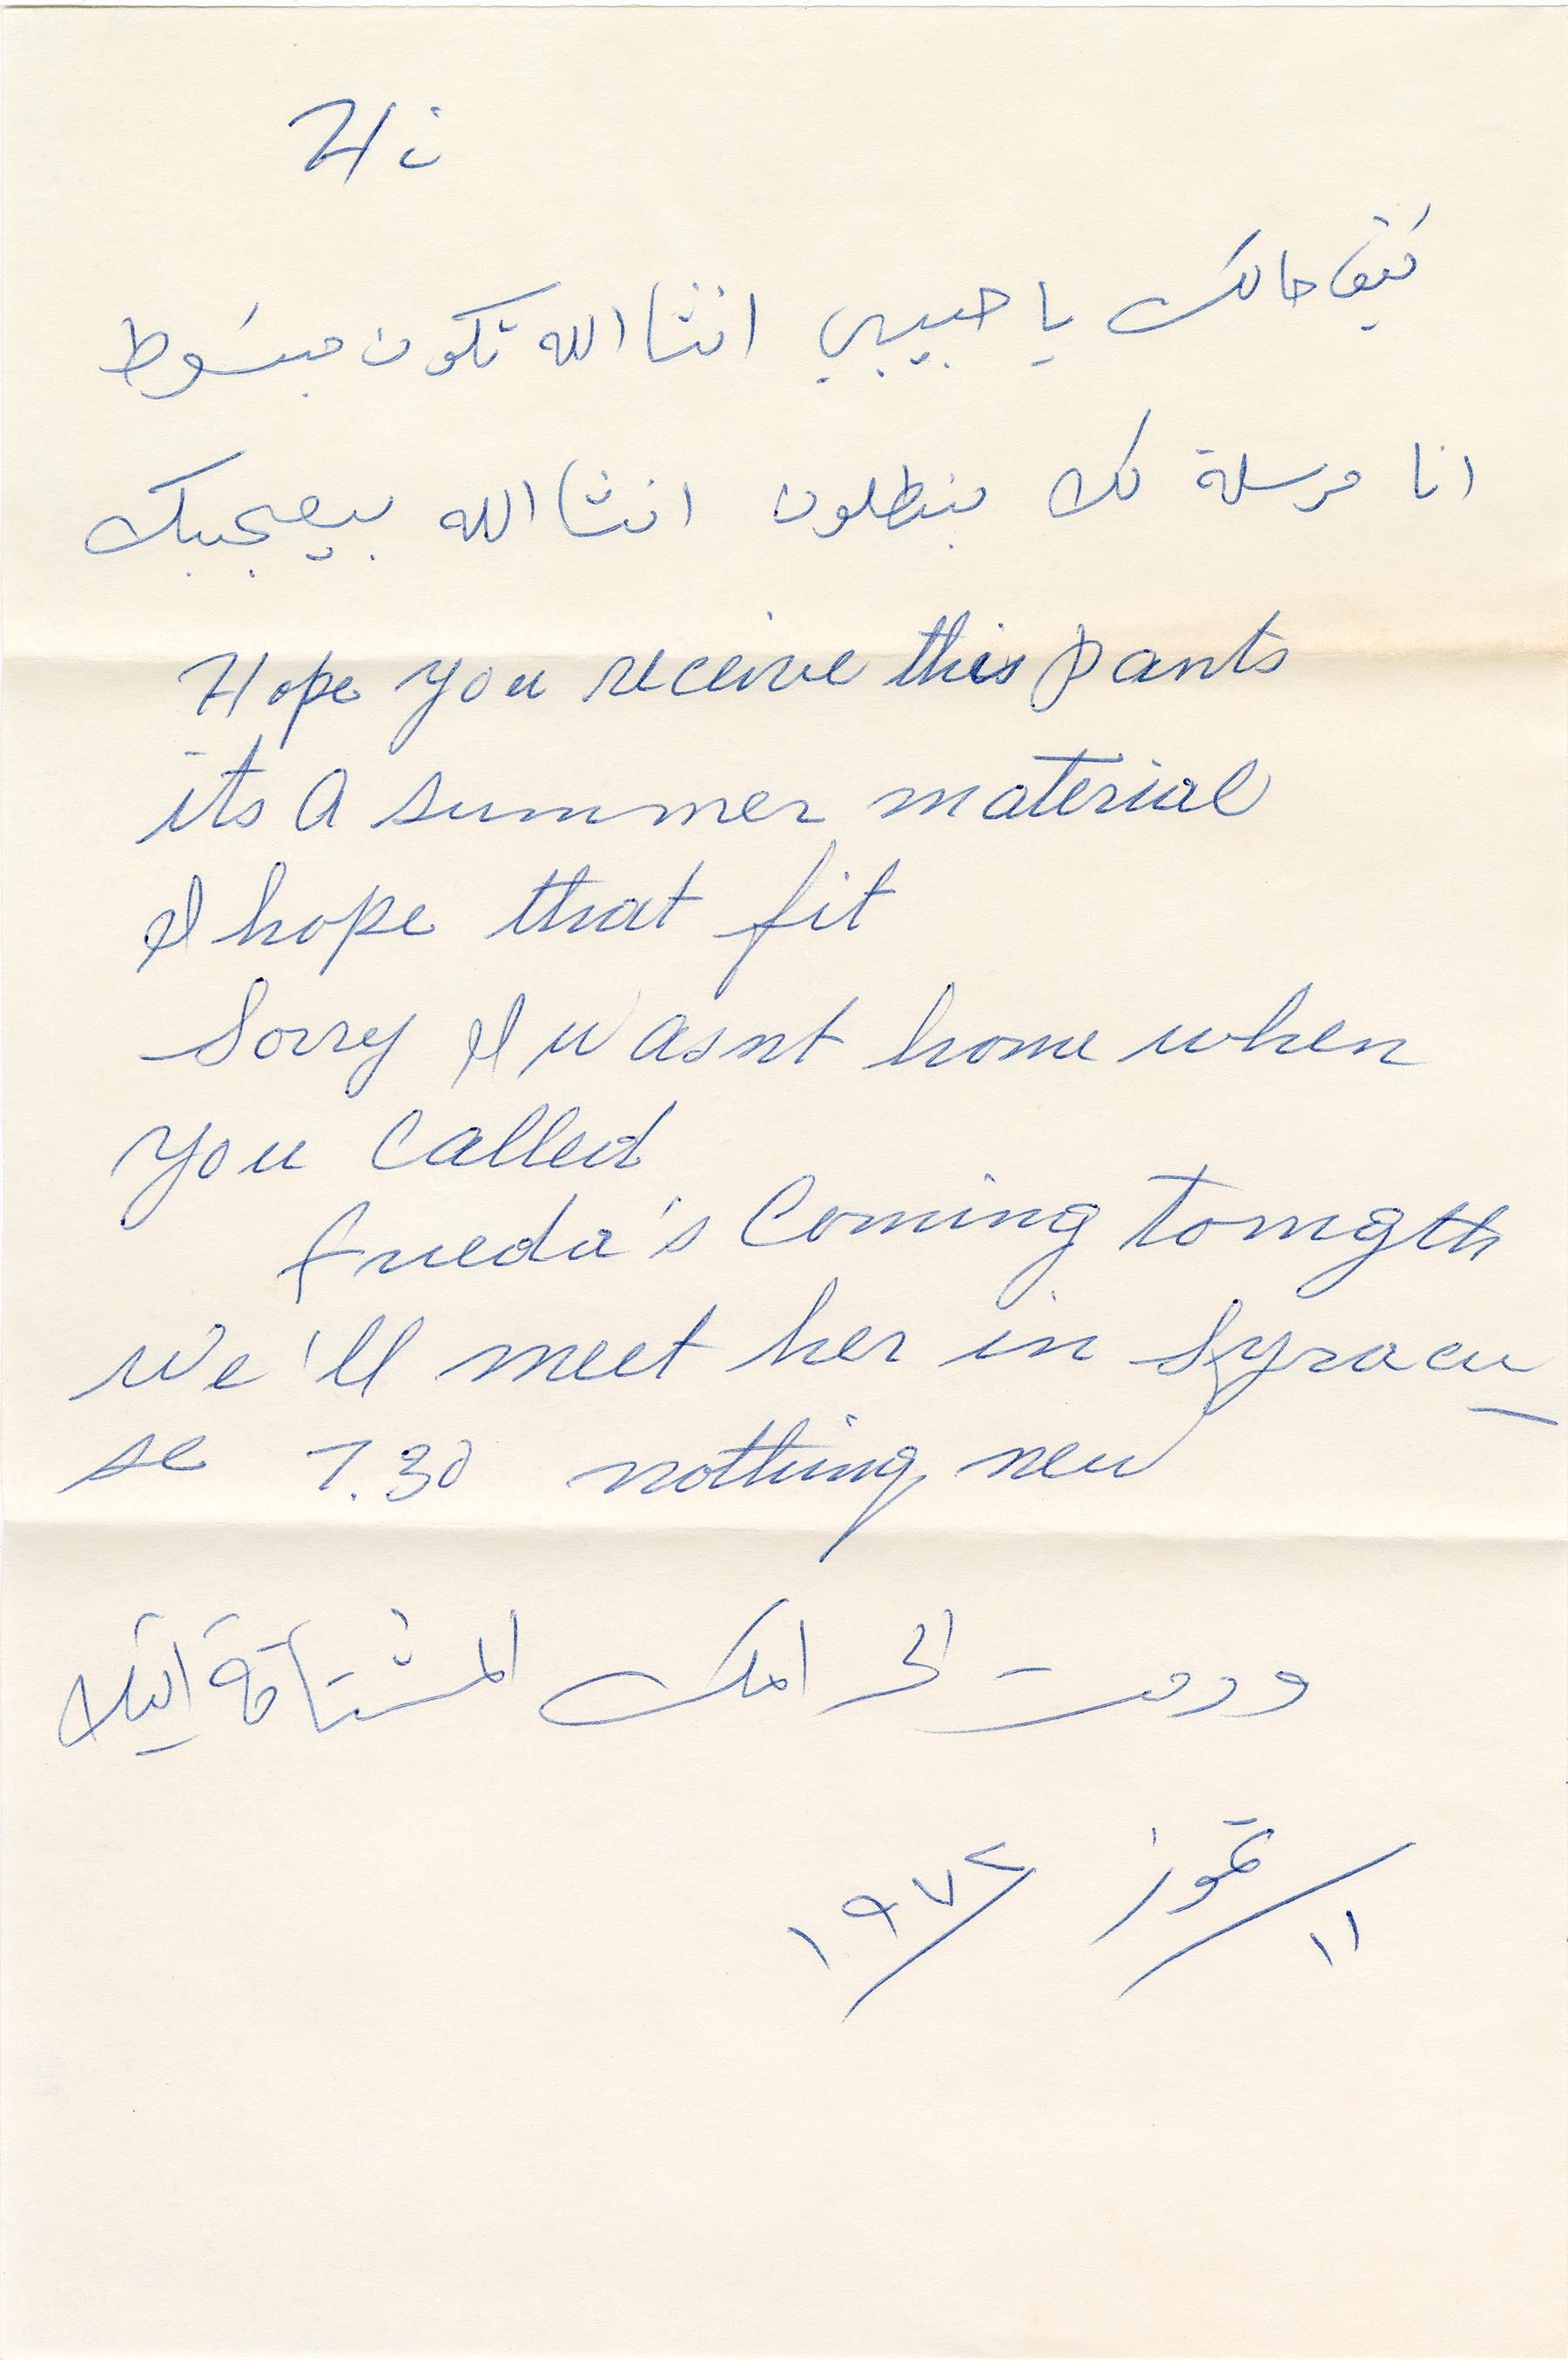
كيف حالك يا حبيبي انشالله تكون مبسوط
انا مرسلة لك بنطلون انشالله يعجبك
ودمت الى امك المشتاقة اليك
تموز
١٩٧٢
١١